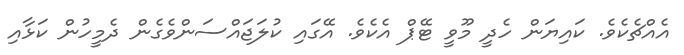
އެއްޗެކެވެ. ކައިޔަން ހެދީ މޫވީ ޓޭޕް އެކެވެ. އޭގައި ކުލަޖައްސަންވެގެން ދެމީހުން ކަޅާއި